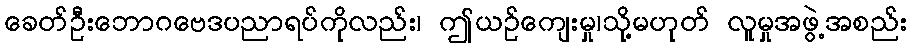
ခေတ်ဦးဘောဂဗေဒပညာရပ်ကိုလည်း၊ ဤယဉ်ကျေးမှု၊သို့မဟုတ် လူမှုအဖွဲ့အစည်း